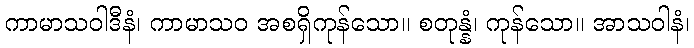
ကာမာသဝါဒီနံ၊ ကာမာသဝ အစရှိကုန်သော။ စတုန္နံ၊ ကုန်သော။ အာသဝါနံ၊